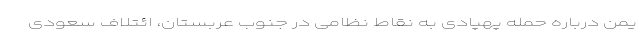
یمن درباره حمله پهپادی به نقاط نظامی در جنوب عربستان، ائتلاف سعودی